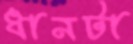
ধানটা